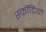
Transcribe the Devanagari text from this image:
स्कॉटियों